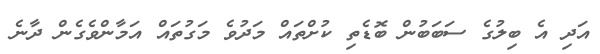
އަދި އެ ބިލުގެ ސަބަބުން ބޮޑެތި ކުށްތައް މަދުވެ މަގުތައް އަމާންވެގެން ދާނެ